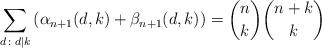
LaTeX: \begin{align*} \sum_{d\colon d\mid k}\left(\alpha_{n+1}(d,k)+\beta_{n+1}(d,k)\right)={ n \choose k}{n+k \choose k} \end{align*}